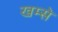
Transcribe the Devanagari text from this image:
खम्से